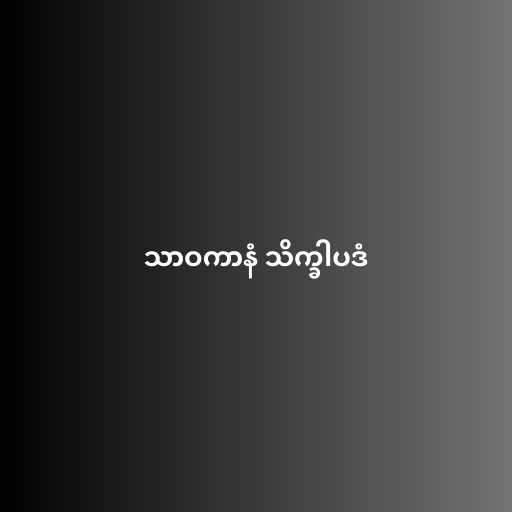
သာဝကာနံ သိက္ခါပဒံ